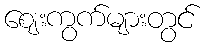
ဈေးကွက်များတွင်